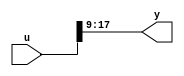
module velocityControlHdl_MATLAB_Function
          (
           u,
           y
          );


  input   [17:0] u;  // ufix18
  output  [8:0] y;  // ufix9


  wire [8:0] y1;  // ufix9_E9


  //MATLAB Function 'Sin_Cos/Mark_Extract_Bits/MATLAB Function': '<S38>:1'
  // Non-tunable mask parameter
  //'<S38>:1:8'
  //'<S38>:1:10'
  assign y1 = u[17:9];
  //'<S38>:1:14'
  assign y = y1;



endmodule